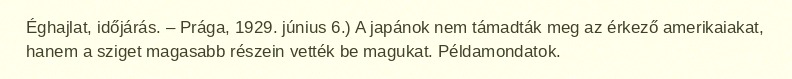
Éghajlat, időjárás. – Prága, 1929. június 6.) A japánok nem támadták meg az érkező amerikaiakat, hanem a sziget magasabb részein vették be magukat. Példamondatok.